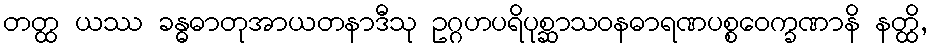
တတ္ထ ယဿ ခန္ဓဓာတုအာယတနာဒီသု ဥဂ္ဂဟပရိပုစ္ဆာသဝနဓာရဏပစ္စဝေက္ခဏာနိ နတ္ထိ,